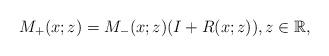
LaTeX: \begin{align*}M_+(x;z)= M_-(x;z)(I+R(x;z) ),z \in \mathbb{R},\end{align*}